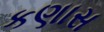
કણાસ